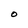
Character: O